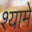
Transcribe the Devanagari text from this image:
श्यामे